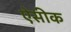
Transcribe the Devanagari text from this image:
ऐसीक